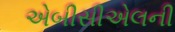
એબીસીએલની